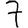
Digit: 7